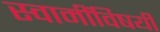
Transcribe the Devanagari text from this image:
स्वामींविषयी